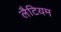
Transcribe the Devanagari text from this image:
लैटियम